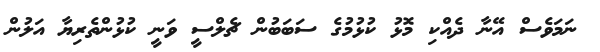
ނަމަވެސް އޭނާ ދެއްކި މޮޅު ކުޅުމުގެ ސަބަބުން ޗެލްސީ ވަނީ ކުޅުންތެރިޔާ އަލުން